Document type: Sale
Year: 1435
Scribe: Pere Soler
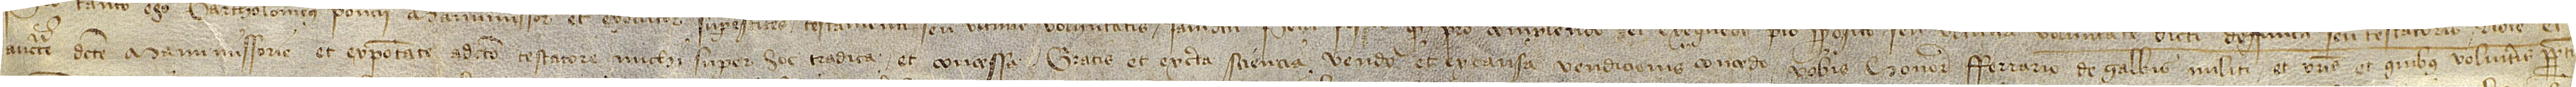
auctoritate dicte manumissorie et expotestate a dicto testatore michi super hoc tradita et concessa, gratis et ex certa sciencia vendo et ex causa vendicionis concedo vobis honorabili Ferrario de Galbis, militi, et vestris et quibus volueritis perpetuo